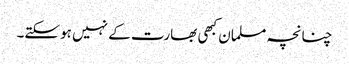
چنانچہ مسلمان کبھی بھارت کے نہیں ہوسکتے۔